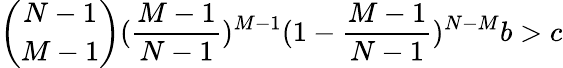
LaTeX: \binom{N-1}{M-1}(\frac{M-1}{N-1})^{M-1}(1-\frac{M-1}{N-1})^{N-M}b>c